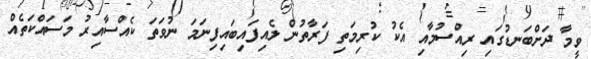
ވީމާ ދަށްބަނޑުގައި ރިއްސުމާއި އެކު ކުރިމަތި ފަރާތުން ލެއިފައިބައިފިނަމަ ނުވަތަ ކެއްސާއިރު މަސައްކަތެއް